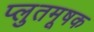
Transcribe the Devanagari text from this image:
प्लुतमूषक